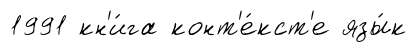
1991 кн'и́га конт'е́кст'е язы́к